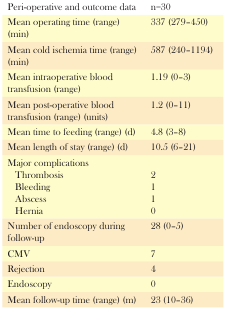
| Peri-operative and outcome data | n=30 |
 | --- | --- |
 | Mean operating time (range) (min) | 337 (279–450) |
 | Mean cold ischemia time (range) (min) | 587 (240–1194) |
 | Mean intraoperative blood transfusion (range) | 1.19 (0–3) |
 | Mean post-operative blood transfusion (range) (units) | 1.2 (0–11) |
 | Mean time to feeding (range) (d) | 4.8 (3–8) |
 | Mean length of stay (range) (d) | 10.5 (6–21) |
 | Major complications |  |
 | ThrombosisBleedingAbscessHernia | 2110 |
 | Number of endoscopy during follow-up | 28 (0–5) |
 | CMV | 7 |
 | Rejection | 4 |
 | Endoscopy | 0 |
 | Mean follow-up time (range) (m) | 23 (10–36) |